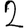
Digit: 2